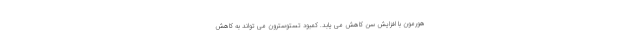
هورمون با افزایش سن کاهش می یابد. کمبود تستوسترون می تواند به کاهش